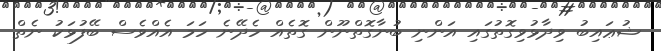
ޝުޢައިބު ވިދާޅުވިގޮތުގައި އަންނި ބުނާގޮތްނޫން ގޮތެއް ހެދޭނެ ހަމަ އެއްވެސް ބޭފުޅަކު ނެތް